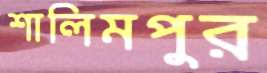
শালিমপুর